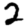
Digit: 2